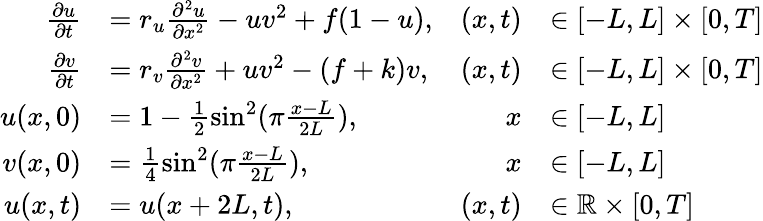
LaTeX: \begin{array}{rlrl}{\frac{\partial u}{\partial t}}&{=r_{u}\frac{\partial^{2}u}{\partial x^{2}}-uv^{2}+f(1-u),}&{(x,t)}&{\in[-L,L]\times[0,T]}\\ {\frac{\partial v}{\partial t}}&{=r_{v}\frac{\partial^{2}v}{\partial x^{2}}+uv^{2}-(f+k)v,}&{(x,t)}&{\in[-L,L]\times[0,T]}\\ {u(x,0)}&{=1-\frac{1}{2}\sin^{2}(\pi\frac{x-L}{2L}),}&{x}&{\in[-L,L]}\\ {v(x,0)}&{=\frac{1}{4}\sin^{2}(\pi\frac{x-L}{2L}),}&{x}&{\in[-L,L]}\\ {u(x,t)}&{=u(x+2L,t),}&{(x,t)}&{\in\mathbb{R}\times[0,T]}\end{array}